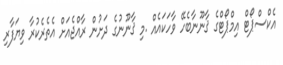
އެކްސްޕޯޓް އިމްޕޯޓްގެ ޤާނޫނާބެހޭ ވާހަކައެއް .މި ޤާނޫނުގެ ދަށުން ރާއްޖެއަށް އެތެރެކުރާ ވިޔަފާރި